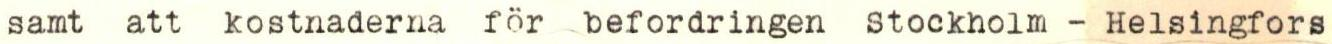
samt att kostnaderna för befordringen Stockholm - Helsingfors